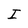
Character: I